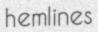
hemlines